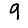
Digit: 9